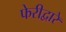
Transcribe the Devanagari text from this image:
फेरीद्वारे